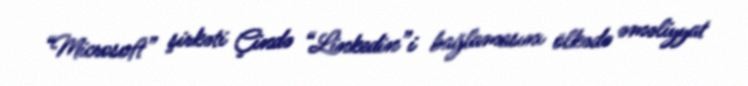
“Microsoft” şirkəti Çində “Linkedin”i bağlamasını ölkədə əməliyyat